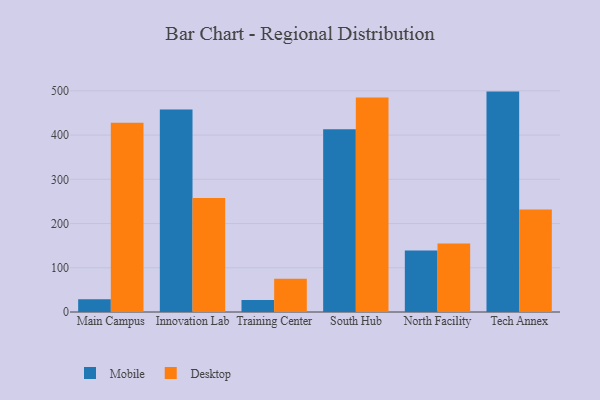
{"axis": {"x": "Campus", "y": "Market Share (%)"}, "legend": ["Desktop", "Mobile"], "data": [{"x": "Main Campus", "y": 29.1, "type": "Mobile"}, {"x": "Main Campus", "y": 427.6, "type": "Desktop"}, {"x": "Innovation Lab", "y": 458.0, "type": "Mobile"}, {"x": "Innovation Lab", "y": 257.9, "type": "Desktop"}, {"x": "Training Center", "y": 27.4, "type": "Mobile"}, {"x": "Training Center", "y": 75.0, "type": "Desktop"}, {"x": "South Hub", "y": 413.2, "type": "Mobile"}, {"x": "South Hub", "y": 485.1, "type": "Desktop"}, {"x": "North Facility", "y": 138.9, "type": "Mobile"}, {"x": "North Facility", "y": 154.8, "type": "Desktop"}, {"x": "Tech Annex", "y": 498.3, "type": "Mobile"}, {"x": "Tech Annex", "y": 232.0, "type": "Desktop"}]}